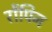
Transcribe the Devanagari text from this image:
रोंपिन